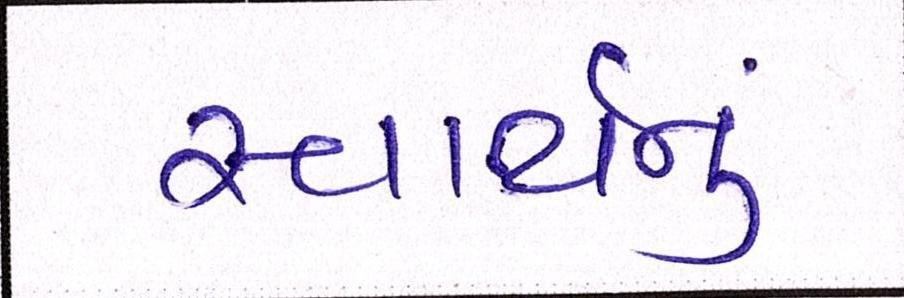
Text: સ્વાર્થનું